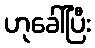
ဟုခေါ်ပြီး